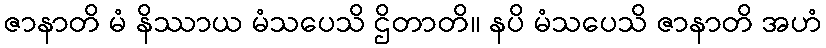
ဇာနာတိ မံ နိဿာယ မံသပေသိ ဌိတာတိ။ နပိ မံသပေသိ ဇာနာတိ အဟံ